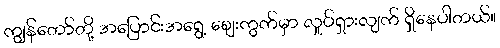
ကျွန်တော်တို့ အပြောင်းအရွေ့ ဈေးကွက်မှာ လှုပ်ရှားလျက် ရှိနေပါတယ်။